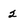
Character: 2